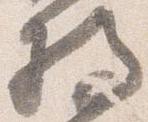
将